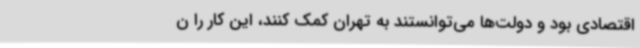
اقتصادی بود و دولت‌ها می‌توانستند به تهران کمک کنند، این کار را ن